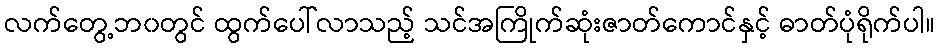
လက်တွေ့ဘ၀တွင် ထွက်ပေါ်လာသည့် သင်အကြိုက်ဆုံးဇာတ်ကောင်နှင့် ဓာတ်ပုံရိုက်ပါ။